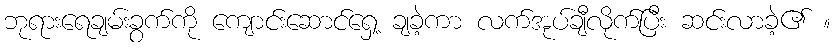
ဘုရားရေချမ်းခွက်ကို ကျောင်းဆောင်ရှေ့ ချခဲ့ကာ လက်အုပ်ချီလိုက်ပြီး ဆင်းလာခဲ့၏ ။